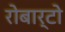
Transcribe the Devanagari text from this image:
रोबार्टो